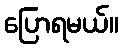
ပြောရမယ်။